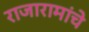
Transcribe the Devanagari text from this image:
राजारामांचे